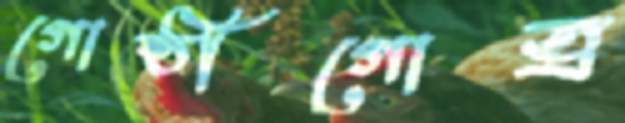
গোষ্ঠীগোত্র